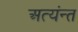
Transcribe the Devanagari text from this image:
अत्यंन्त